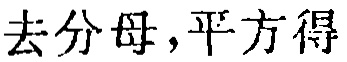
去分母,平方得